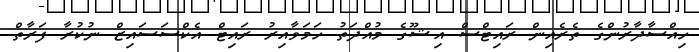
ހިއްސާދާރުންގެ ތެރެއިން ރައިޓްސް އިޝޫގެ މުއްދަތު ހަމަވާއިރު ރައިޓް އެކްސަސައިޒް ނުކުރާ ފަރާތް